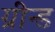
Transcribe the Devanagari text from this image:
ग्रीन्ड